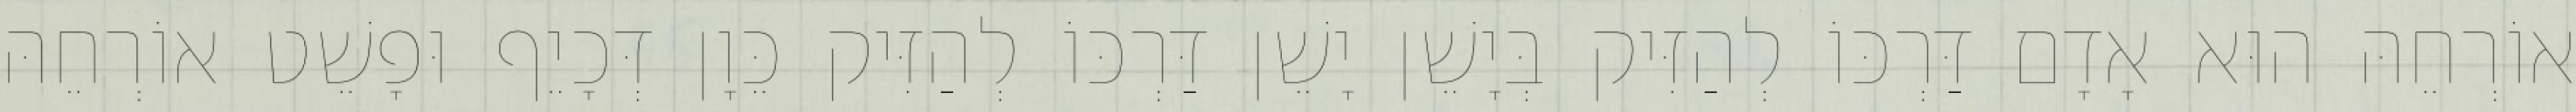
אוֹרְחֵהּ הוּא אָדָם דַּרְכּוֹ לְהַזִּיק בְּיָשֵׁן יָשֵׁן דַּרְכּוֹ לְהַזִּיק כֵּוָן דְּכָיֵף וּפָשֵׁט אוֹרְחֵהּ